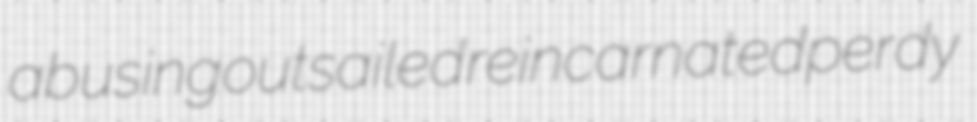
abusing outsailed reincarnated perdy